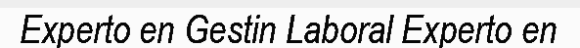
Experto en Gestin Laboral Experto en